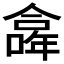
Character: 𠏎